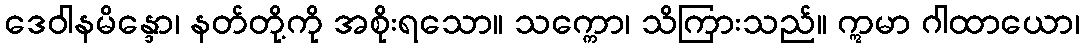
ဒေဝါနမိန္ဒော၊ နတ်တို့ကို အစိုးရသော။ သက္ကော၊ သိကြားသည်။ ဣမာ ဂါထာယော၊